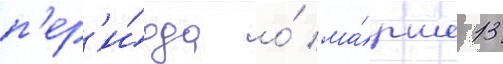
п'ер'и́ода о́ ма́рше 13